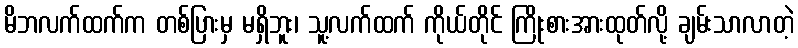
မိဘလက်ထက်က တစ်ပြားမှ မရှိဘူး၊ သူ့လက်ထက် ကိုယ်တိုင် ကြိုးစားအားထုတ်လို့ ချမ်းသာလာတဲ့